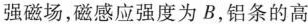
强磁场，磁感应强度为B，铝条的高